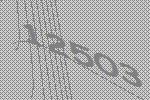
12503